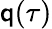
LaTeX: \mathsf{q}(\tau)